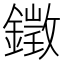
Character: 𨬠